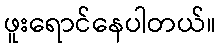
ဖူးရောင်နေပါတယ်။